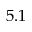
5 . 1